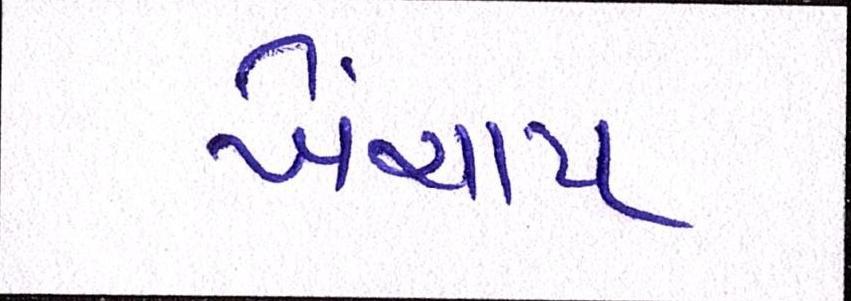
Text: ખેંચાય